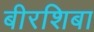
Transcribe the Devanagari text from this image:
बीरशिबा